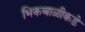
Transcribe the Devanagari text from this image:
भिकबाळीकडे